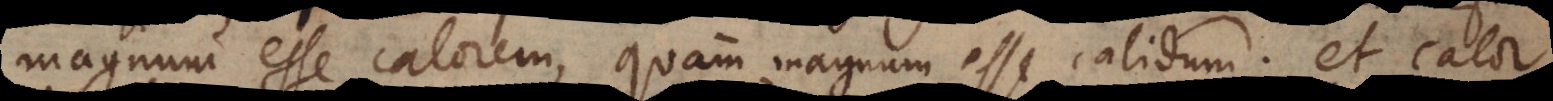
magnum esse calorem, quam magnum esse calidum; et calor